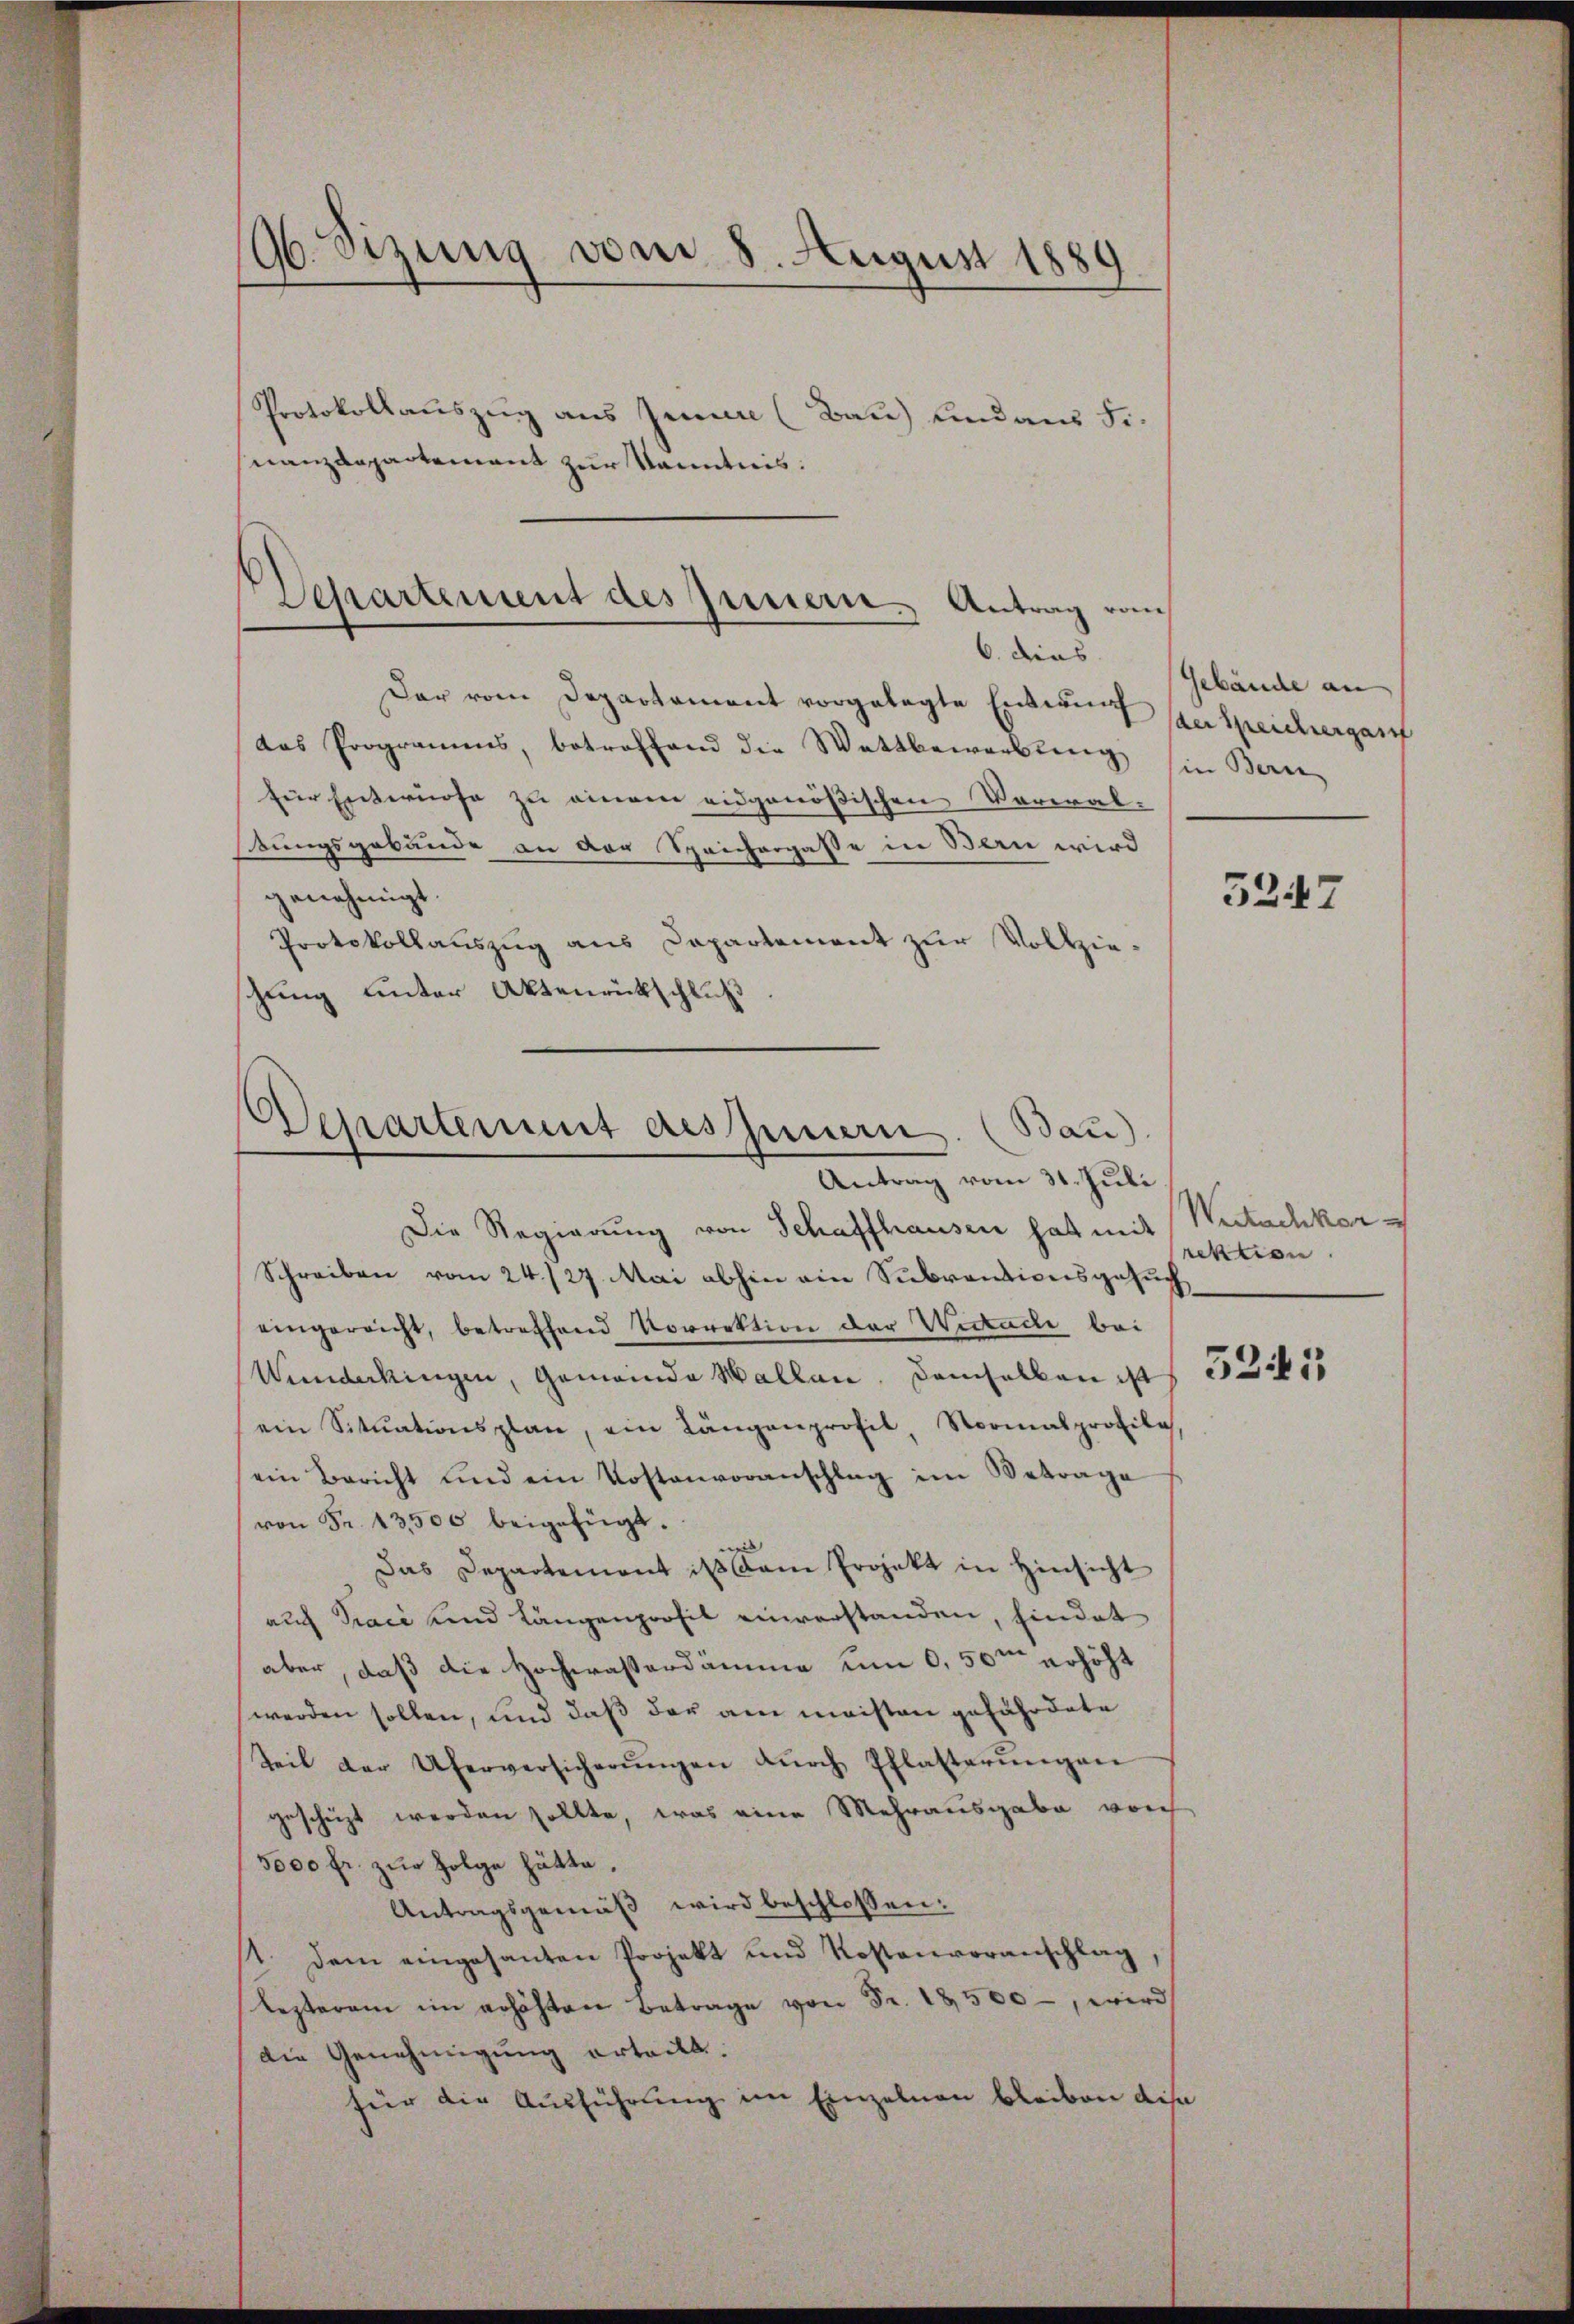
Ob Sizung vom 8. August 1889
Protokollauszug aus Jenen (Bau) und aus Fr.
nanzdepartement zur Kenntnis:

Departement des Innern. Antrag vom
6. dies

Der vom Departament vorgelegte Entwurf zu speicherganf
das Programms, betreffend die Wattbewerbling sie Beri
für Entwurfe zu einem eidgenößischen Verwal-
tungsgebäude an der Speicherpasse in Bern wird
genehmigt.
Protokollauszug aus Capartement zur Vollzie-
zung unter Aktenrückschluß

Departement des Innern. (Bau).
Antrag vom 31. Juli

Die Regierung von Schaffhausen hat mit Weitachkor¬
Schreiben vom 24./27. Mai abhin ein Subventionsgesuch
eingereicht, betreffend Vorrektion der Wickache bei
Wunderkingen, Gemeinde Wallen, demselben des 3315
ein Sitŭationsplan, ein Längenprofil, Normalprofile
ein Bericht und ein Kostenvoranschlag im Betrage
von Fr. 13500 beigefügt.
Das Departement ist kam Projekt in Hinsicht
auch Traci und Längenporsit einverstanden, findet
aber, daß die Hochwasserdämme um 0,50m erhöht
werden sollen, und daß der am meisten gefährdete
Teil der Uferversicherŭngen dŭrch Pflasterŭngen
geschüzt werden sollte, was eine Mehrausgabe vorch
5000 fr. zur Folge hätte.
Antragsgemäß wird beschlossen:
11. dem eingesanten Projekt und Kostenvoranschlag
Lezteren im erhöhten Betrage von Fr. 18,500, wird
die Genehmigung erteilt.
für die Ausführung im Einzelnen bleiben dis

Gebäude an

5247

rektion.